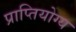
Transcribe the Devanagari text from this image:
प्राप्तियोग्य